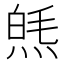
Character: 𤋞